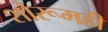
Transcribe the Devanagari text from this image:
शोरूमही